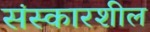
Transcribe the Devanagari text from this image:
संस्कारशील